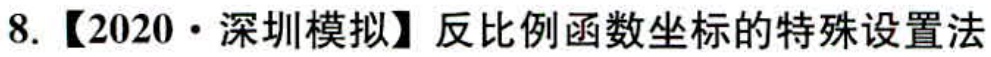
8.【2020·深圳模拟】反比例函数坐标的特殊设置法